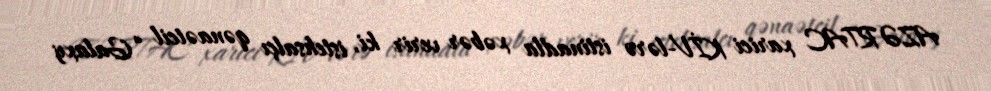
AZƏRTAC xarici KİV-lərə istinadla xəbər verir ki, istehsalçı qənaətcil “Galaxy